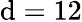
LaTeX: \mathrm{d}=12